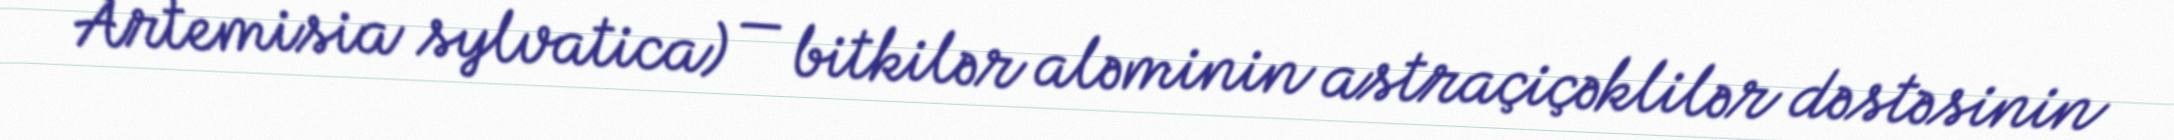
Artemisia sylvatica) — bitkilər aləminin astraçiçəklilər dəstəsinin